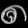
Digit: ၈